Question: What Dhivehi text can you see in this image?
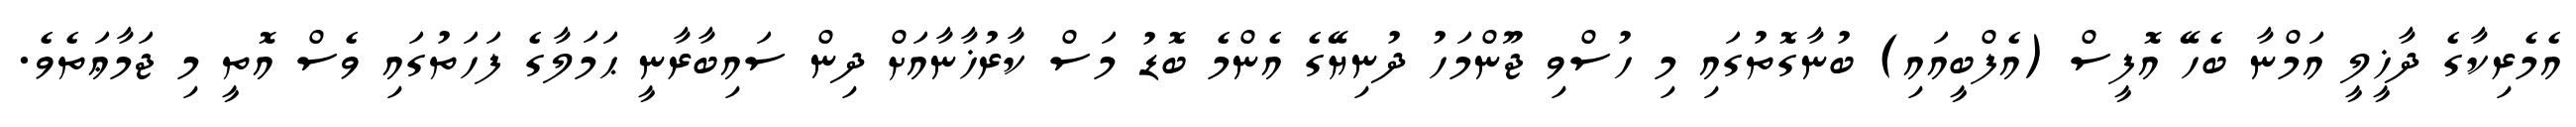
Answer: އެމެރިކާގެ ދާޚީލީ އަމްނާ ބެހޭ އޮފީސް (އެފްބީއައި) ބުނާގޮތުގައި މި ހުސްވި ޖޫންމަހު ދުނިޔޭގެ އެންމެ ބޮޑު މަސް ކާރުޚާނާއަށް ދިން ސައިބާރާނީ ޙަމަލާގެ ފަހަތުގައި ވެސް އޮތީ މި ޖަމާޢަތެވެ.